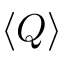
\ensuremath { \langle Q \rangle }